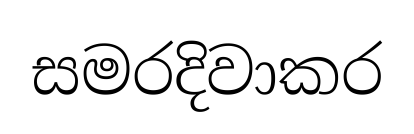
සමරදිවාකර